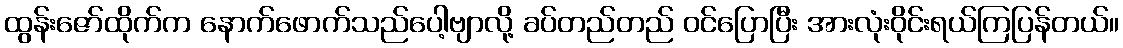
ထွန်းဇော်ထိုက်က နောက်ဖောက်သည်ပေါ့ဗျာလို့ ခပ်တည်တည် ဝင်ပြောပြီး အားလုံးဝိုင်းရယ်ကြပြန်တယ်။